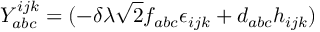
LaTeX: Y _ { a b c } ^ { i j k } = ( - \delta \lambda \sqrt { 2 } f _ { a b c } \epsilon _ { i j k } + d _ { a b c } h _ { i j k } )